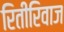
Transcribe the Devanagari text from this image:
रितीरिवाज